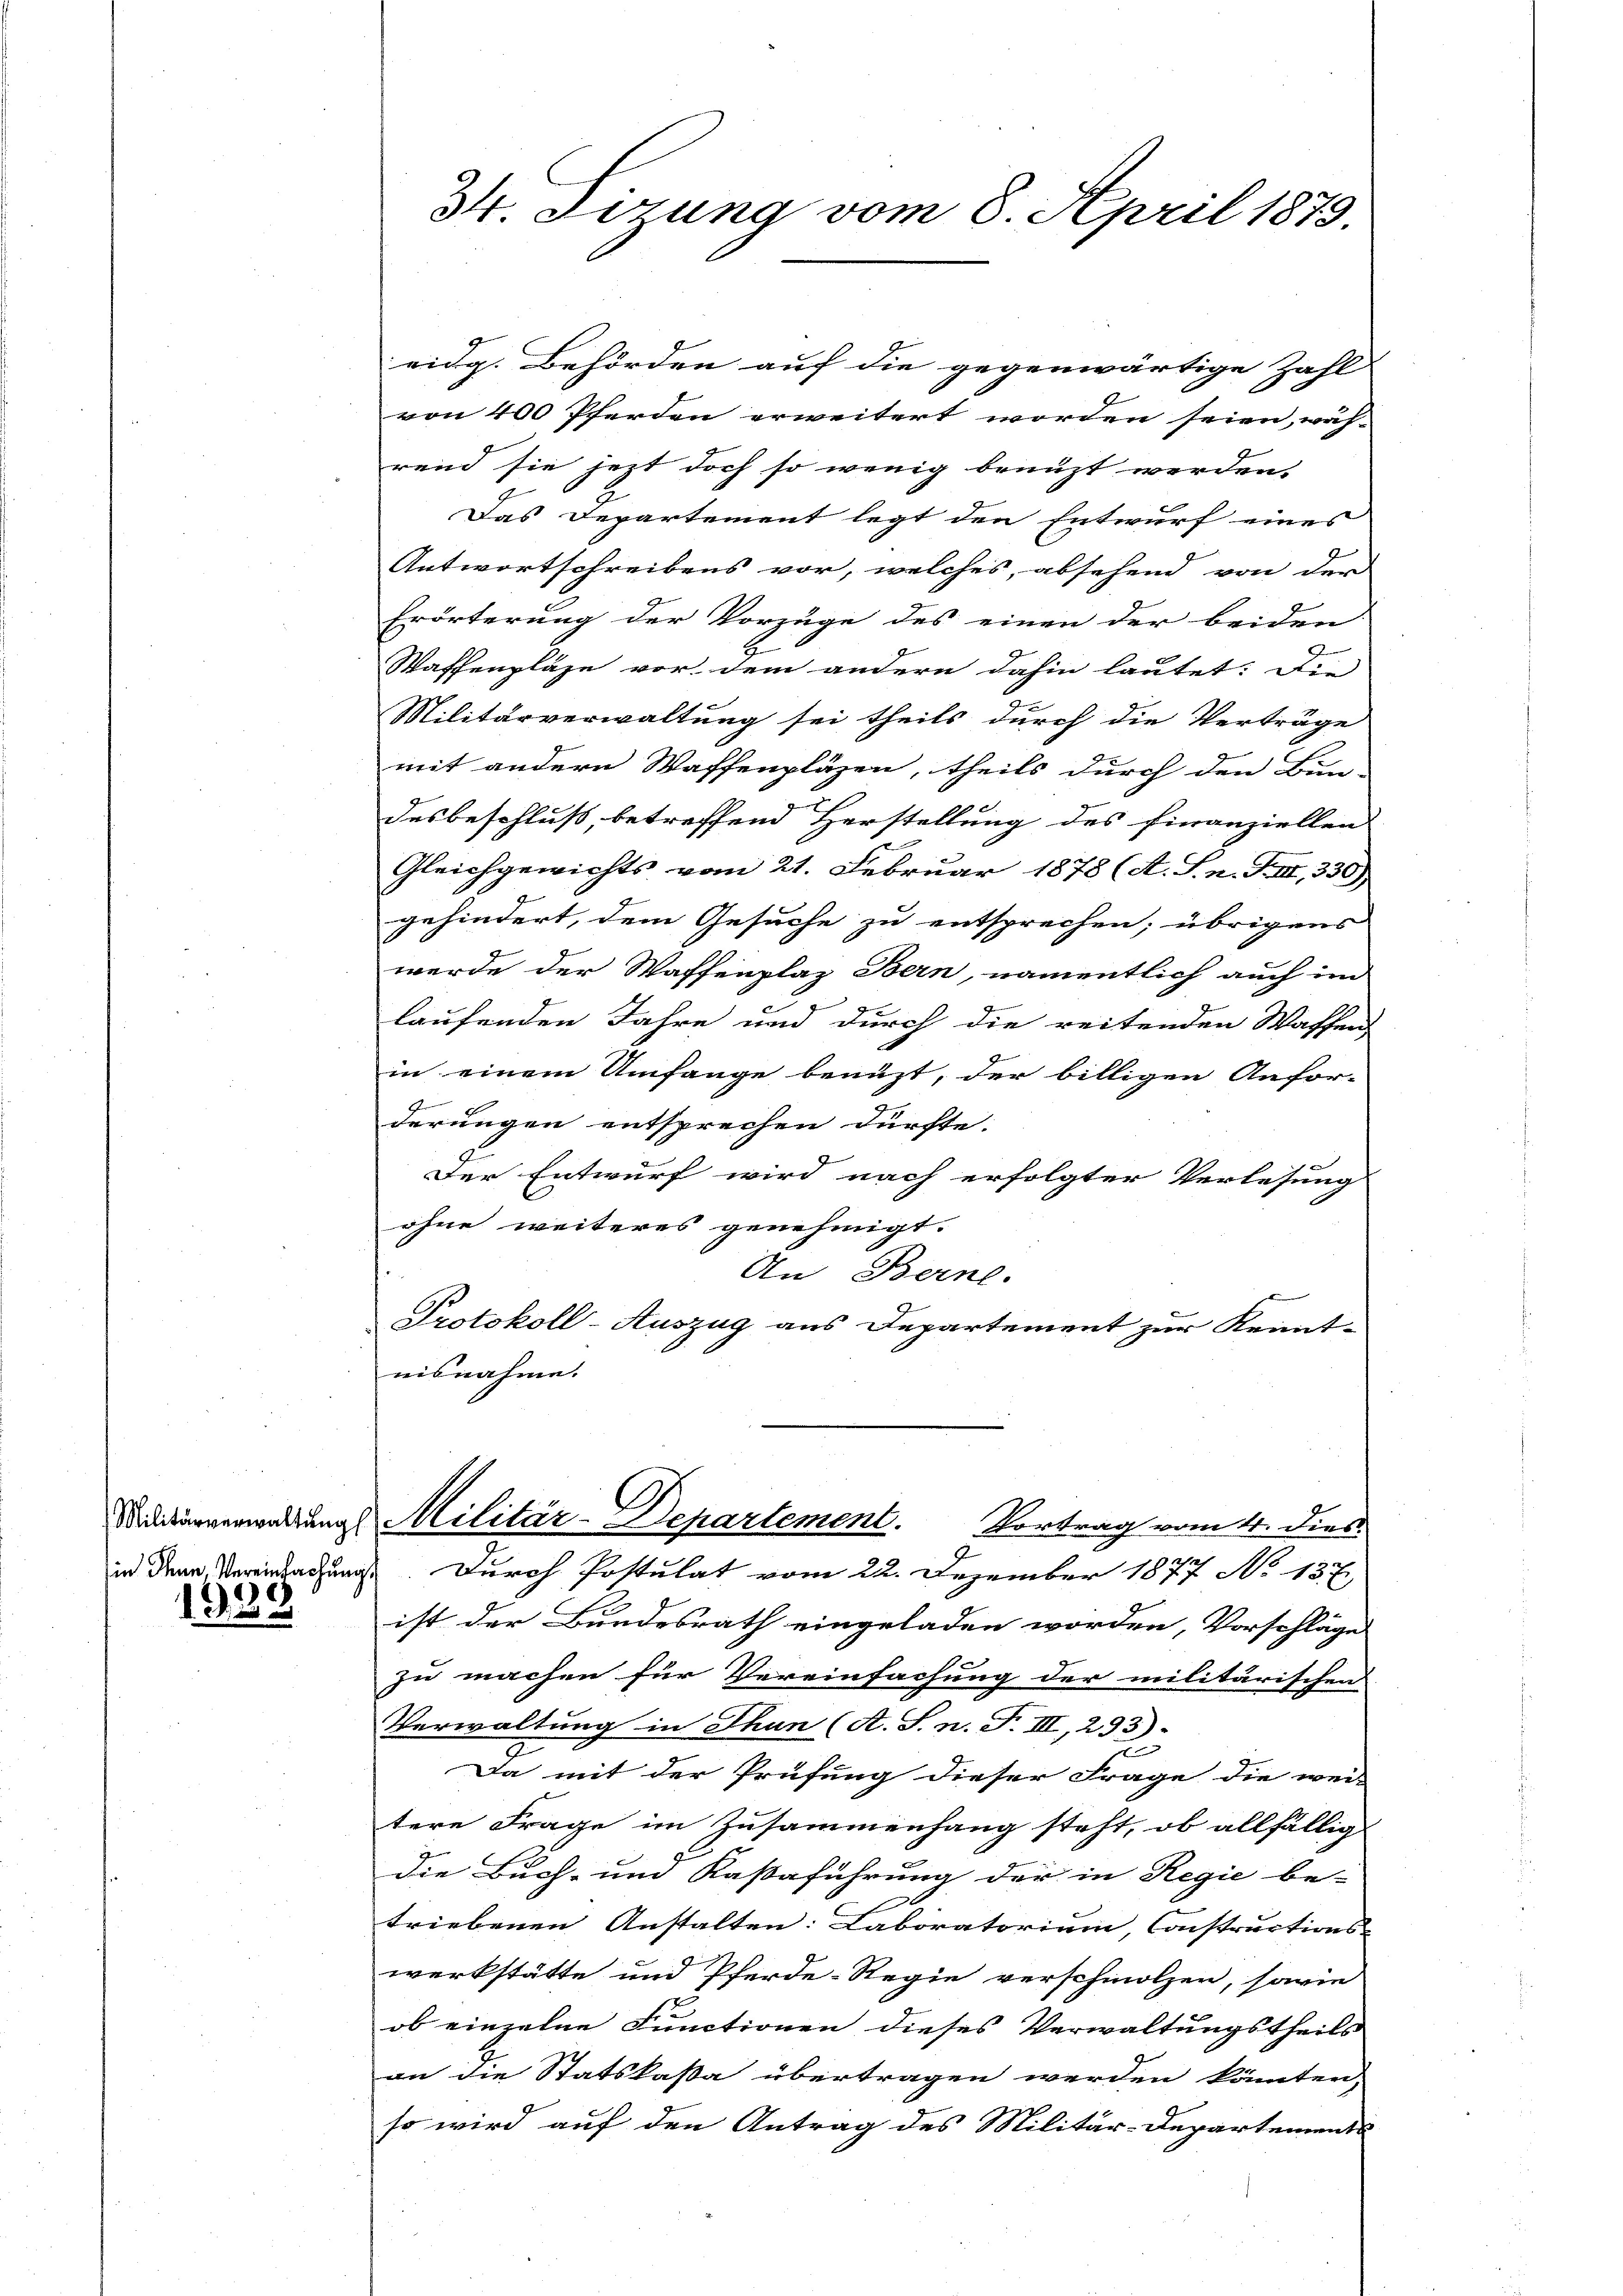
in Thun, Vereinfachung

1328

34. dirung vom 8. April 1879.

eidg. Behörden auf die gegenwärtige Zahl-
von 400 Pferden erweitert worden seien, wäh-
rend sie jezt doch so wenig benuzt werden.
Das Departement legt den Entwurf eines
Antwortschreibens vor, welches, absehend von der
Erörterung der Vorzüge des einen der beiden
G
Waffenpläse vor dem andern dahin lautet: Die
Militärverwaltung sei theils durch die Verträge
mit andern Waffenpläzen, theils durch den Bun-
desbeschluß, betreffend Herstellung des Finanziellen
Gleichgewichts vom 21. Februar 1878 (A. S. n. F. III, 330),
gehindert, dem Gesuche zu entsprechen; übrigens
werde der Waffenplaz Bern, namentlich auch im
laufenden Jahre und durch die reitenden Waffen
in einem Umfange benüzt, der billigen Anfor-
derungen entsprechen dürfte. |
Der Entwurf wird nach erfolgter Verlesung
ohne weiteres genehmigt.
An Berne.
Protokoll-Auszug aus Departement zur Kennt-
nisnahme.
Militärverwaltung Militär-Departement. Vortrag vom 4. dies
Durch Postulat vom 22. Dezember 1877 No 137
ist der Bundesrath eingeladen worden, Vorschläge
zu machen für Vereinfachung der militärischen
Verwaltung in Thun (A. S. n. F. III, 293).
Da mit der Prüfung dieser Frage die wei-
tere Frage im Zusammenhang steht, ob allfällig
Die Buch- und Kassaführung der in Regie be-
triebenen Anstalten: Laboratorium, Constructions- |
werkstätte und Pferde-Regie verschmolzen, sowie
ob einzelne Functionen dieses Verwaltungstheils
an die Statskassa übertragen werden könnten,
so wird auf den Antrag des Militär-Departements